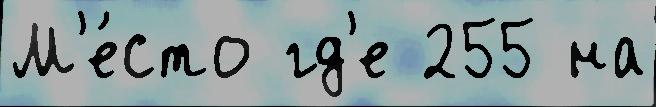
М'е́сто гд'е 255 на